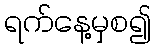
ရက်နေ့မှစ၍